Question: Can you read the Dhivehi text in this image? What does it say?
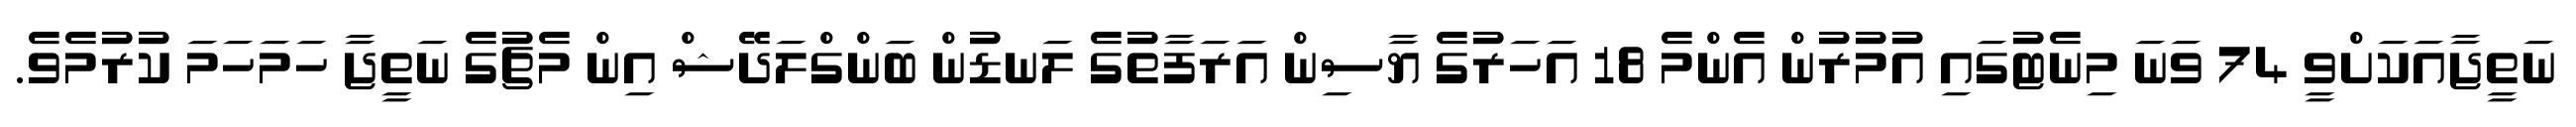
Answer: ނަތީޖާއަކަށްވީ 74 ވަނަ މިނެޓުގައި އުމުރުން އެންމެ 18 އަހަރުގެ ޔާސިން އަރަފާތުގެ ލަނޑުން ބަންގްލަދޭޝް އިން މެޗުގެ ނަތީޖާ ހަމަހަމަ ކުރުމެވެ.